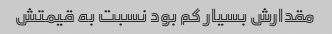
مقدارش بسیار کم بود نسبت به قیمتش